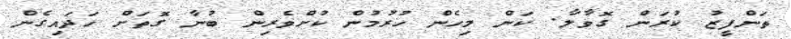
ތަންފީޒު ކުރަން ގޮވާލާ. ކަން މިހެން ހުރުމުން ކުށްވެރިން ބުނާ ގޮތަށް ހަދައިގެން